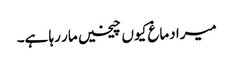
میرا دماغ کیوں چیخیں مار رہا ہے۔